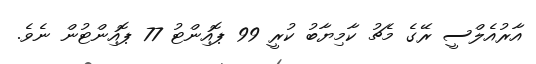
އާރުއެލްސީ ރޭގެ މެޗު ކާމިޔާބު ކުރީ 99 ޕޮއިންޓު 77 ޕޮއިންޓުން ނެވެ.